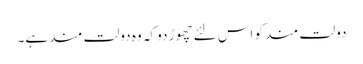
دولت مند کو اس لئے چھوڑ دو کہ وہ دولت مند ہے۔